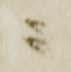
ニ